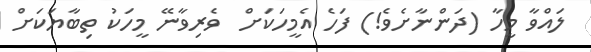
ލައްވާ މީހާ (ދަންނާށެވެ!) ފަހެ އެމީހަކަށް  ވެރިވާނޭ މީހަކު ތިބާޔަކަށް